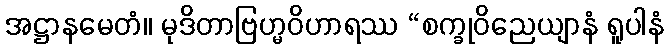
အဋ္ဌာနမေတံ။ မုဒိတာဗြဟ္မဝိဟာရဿ “စက္ခုဝိညေယျာနံ ရူပါနံ